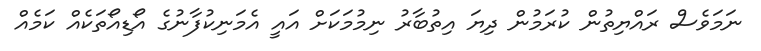
ނަމަވެސް ރައްޔިތުން ކުރަމުން ދިޔަ އިތުބާރު ނިމުމަކަށް އައީ އެމަނިކުފާނުގެ އޯޑިއޯތަކެއް ކަމެއް